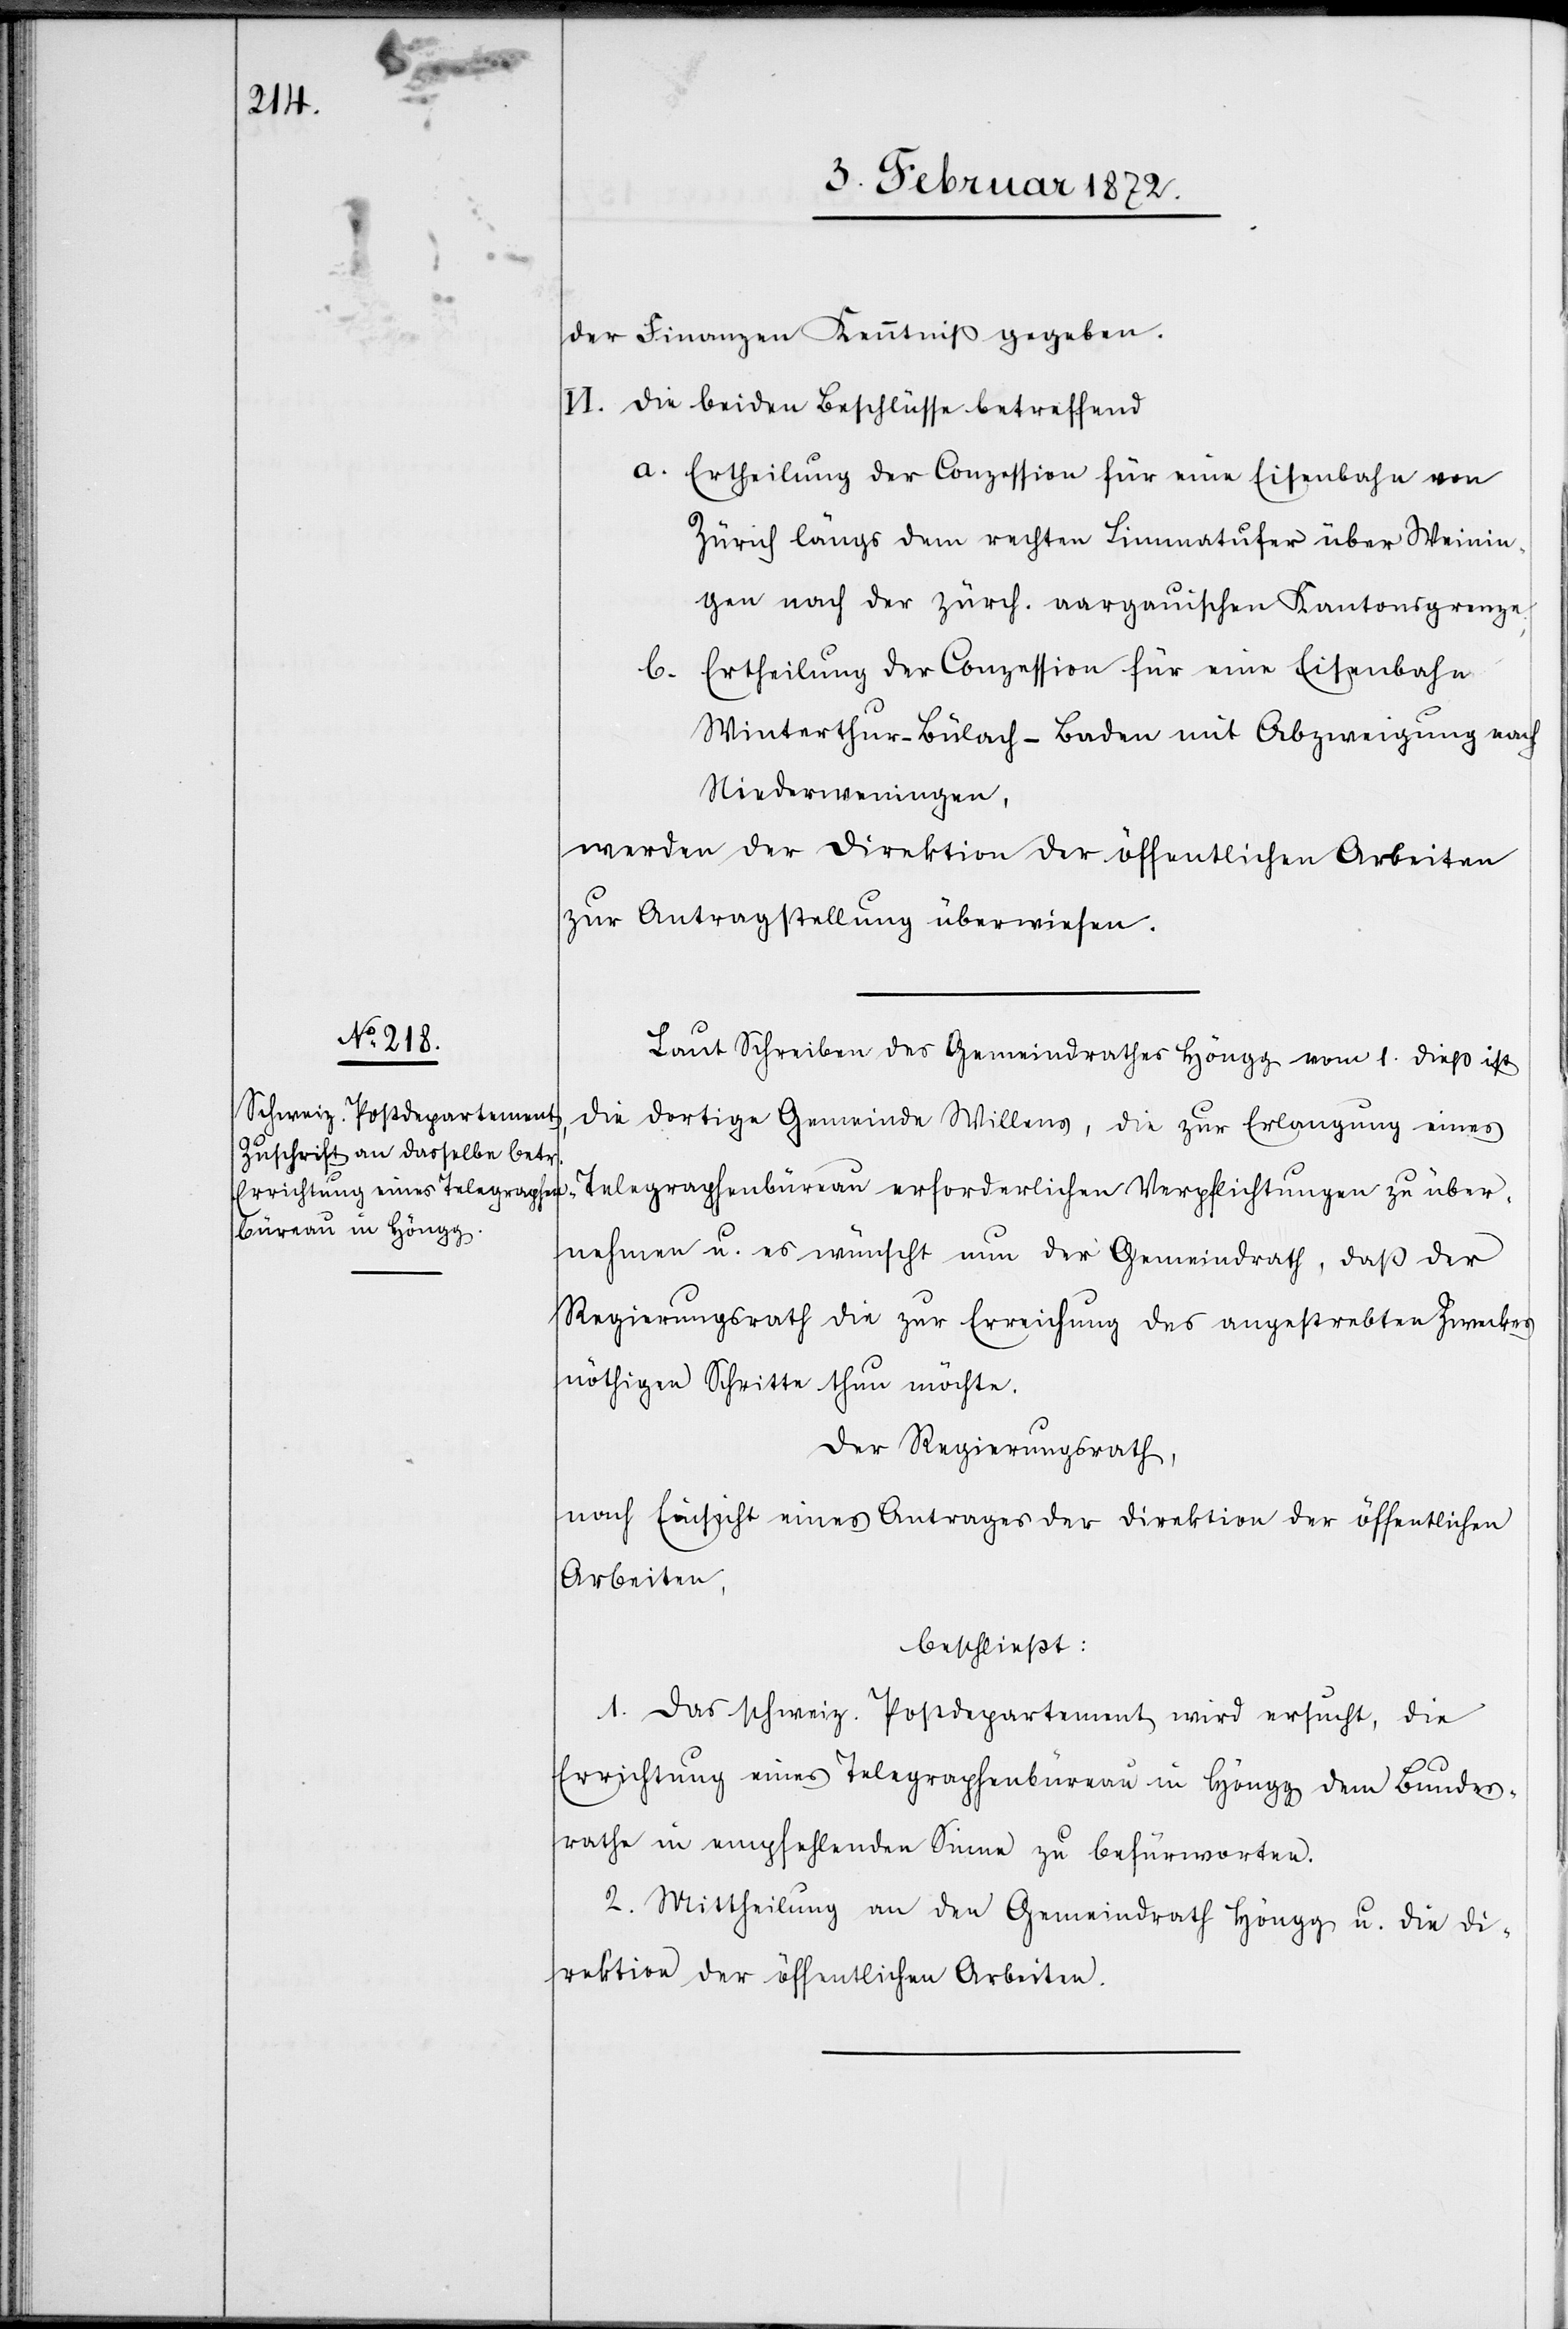
der Finanzen Kenntniß gegeben.
VI. Die beiden Beschlüsse betreffend
Ertheilung der Conzession für eine Eisenbahn von
Zürich längs dem rechten Limmatufer über Weinin¬
gen nach der zürch. aargauischen Kantonsgrenze.
Ertheilung der Conzession für eine Eisenbahn
Winterthur–Bülach–Baden mit Abzweigung nach
Niederweningen,
werden der Direktion der öffentlichen Arbeiten
zur Antragsstellung überwiesen.
Laut Schreiben des Gemeindrathes Höngg vom 1. dieß ist
die dortige Gemeinde Willens, die zur Erlangung eines
Telegraphenbureau erforderlichen Verpflichtungen zu über¬
nehmen u. es wünscht nun der Gemeindrath, daß der
Regierungsrath die zur Erreichung des angestrebten Zweckes
nöthigen Schritte thun möchte.
Der Regierungsrath,
nach Einsicht eines Antrages der Direktion der öffentlichen
Arbeiten,
beschließt:
1. Das schweiz. Postdepartement wird ersucht, die
Errichtung eines Telegraphenbüreau in Höngg dem Bundes¬
rathe in empfehlenden Sinne zu befürworten.
2. Mittheilung an den Gemeindrath Höngg u. die Di¬
rektion der öffentlichen Arbeiten.